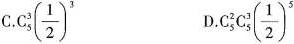
C.C_{5}^{3}( \frac{1}{2})^{3} D.C_{5}^{2}C_{5}^{3}( \frac{1}{2})^{5}